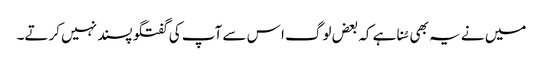
میں نے یہ بھی سُنا ہے کہ بعض لوگ ا س سے آپ کی گفتگو پسند نہیں کرتے۔